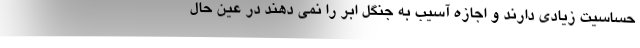
حساسیت زیادی دارند و اجازه آسیب به جنگل ابر را نمی دهند در عین حال